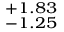
^ { + 1 . 8 3 } _ { - 1 . 2 5 }